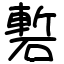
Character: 磛